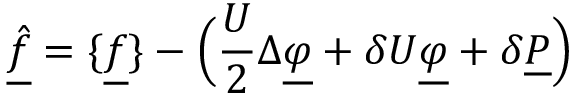
\underline { { \hat { f } } } = \{ \underline { { f } } \} - \Big ( \frac { U } { 2 } \Delta \underline { { \varphi } } + \delta U \underline { { \varphi } } + \delta \underline { { P } } \Big )